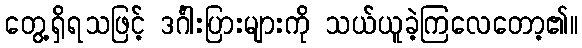
တွေ့ရှိရသဖြင့် ဒင်္ဂါးပြားများကို သယ်ယူခဲ့ကြလေတော့၏။